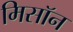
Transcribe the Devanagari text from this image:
मिसॉन